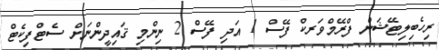
ރިހެބިލިޓޭޝަން ފްރޭމްވަރކް ފޭސް 1 އަދި ފޭސް 2 ނިންމި ޤައިދީންނަށް ސެޓްފިކެޓް